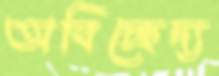
অবিচ্ছেদ্য